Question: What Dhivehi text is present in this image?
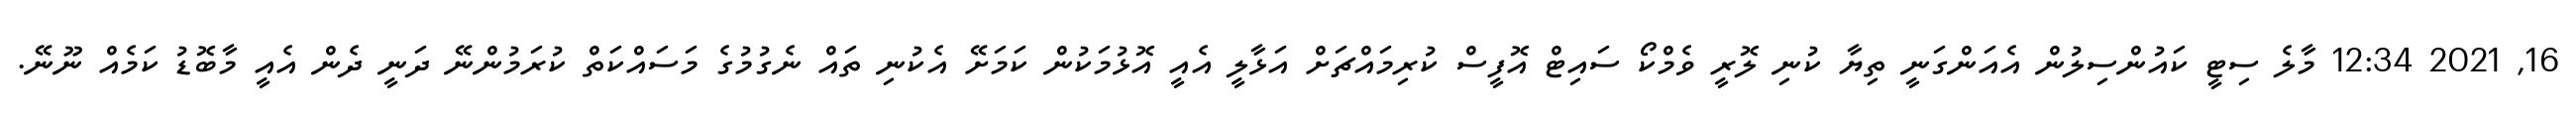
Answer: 16, 2021 12:34 މާލެ ސިޓީ ކައުންސިލުން އެއަންގަނީ ތިޔާ ކުނި ލޮރީ ވެމްކޯ ސައިޓް އޮފީސް ކުރިމައްޗަށް އަޅާލީ އެއީ އޮޅުމަކުން ކަމަށޭ އެކުނި ތައް ނެގުމުގެ މަސައްކަތް ކުރަމުންނޭ ދަނީ ދެން އެއީ މާބޮޑު ކަމެއް ނޫނޭ.